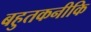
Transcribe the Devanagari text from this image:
बहुतकनीकि